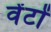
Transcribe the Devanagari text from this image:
वेंटों